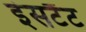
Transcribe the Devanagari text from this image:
इंसटैंट